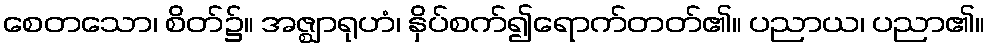
စေတသော၊ စိတ်၌။ အဇ္ဈာရုဟံ၊ နှိပ်စက်၍ရောက်တတ်၏။ ပညာယ၊ ပညာ၏။